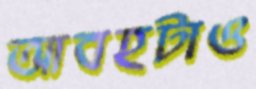
আবহটাও